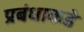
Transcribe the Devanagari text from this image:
प्रबंधाकडे